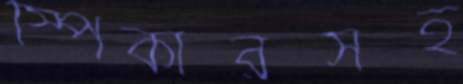
স্পিকারসহ